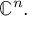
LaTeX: \mathbb { C } ^ { n } .